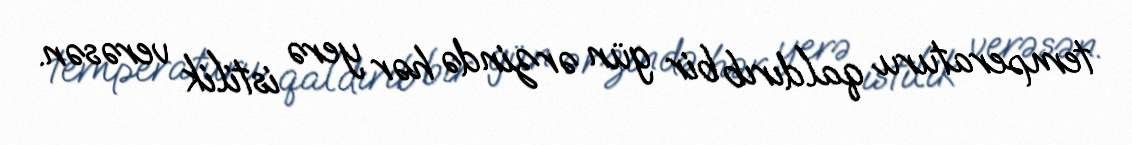
temperaturu qaldırıb bir gün ərzində hər yerə istilik verəsən.